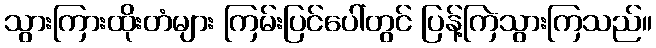
သွားကြားထိုးတံများ ကြမ်းပြင်ပေါ်တွင် ပြန့်ကြဲသွားကြသည်။